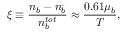
\xi \equiv { \frac { n _ { b } - n _ { \bar { b } } } { n _ { b } ^ { t o t } } } \approx { \frac { 0 . 6 1 \mu _ { b } } { T } } ,